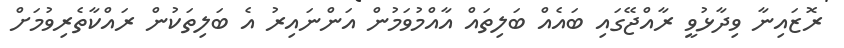
ރޮޒައިނާ ވިދާޅުވީ ރާއްޖޭގައި ބައެއް ބަލިތައް އާއްމުވަމުން އަންނައިރު އެ ބަލިތަކުން ރައްކާތެރިވުމަށް